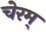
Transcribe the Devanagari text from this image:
चेरम्